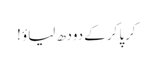
کرپا کرکے دودھ لیاؤ !